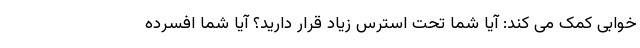
خوابی کمک می کند: آیا شما تحت استرس زیاد قرار دارید؟ آیا شما افسرده